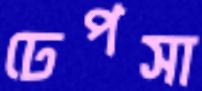
ঢেপসা